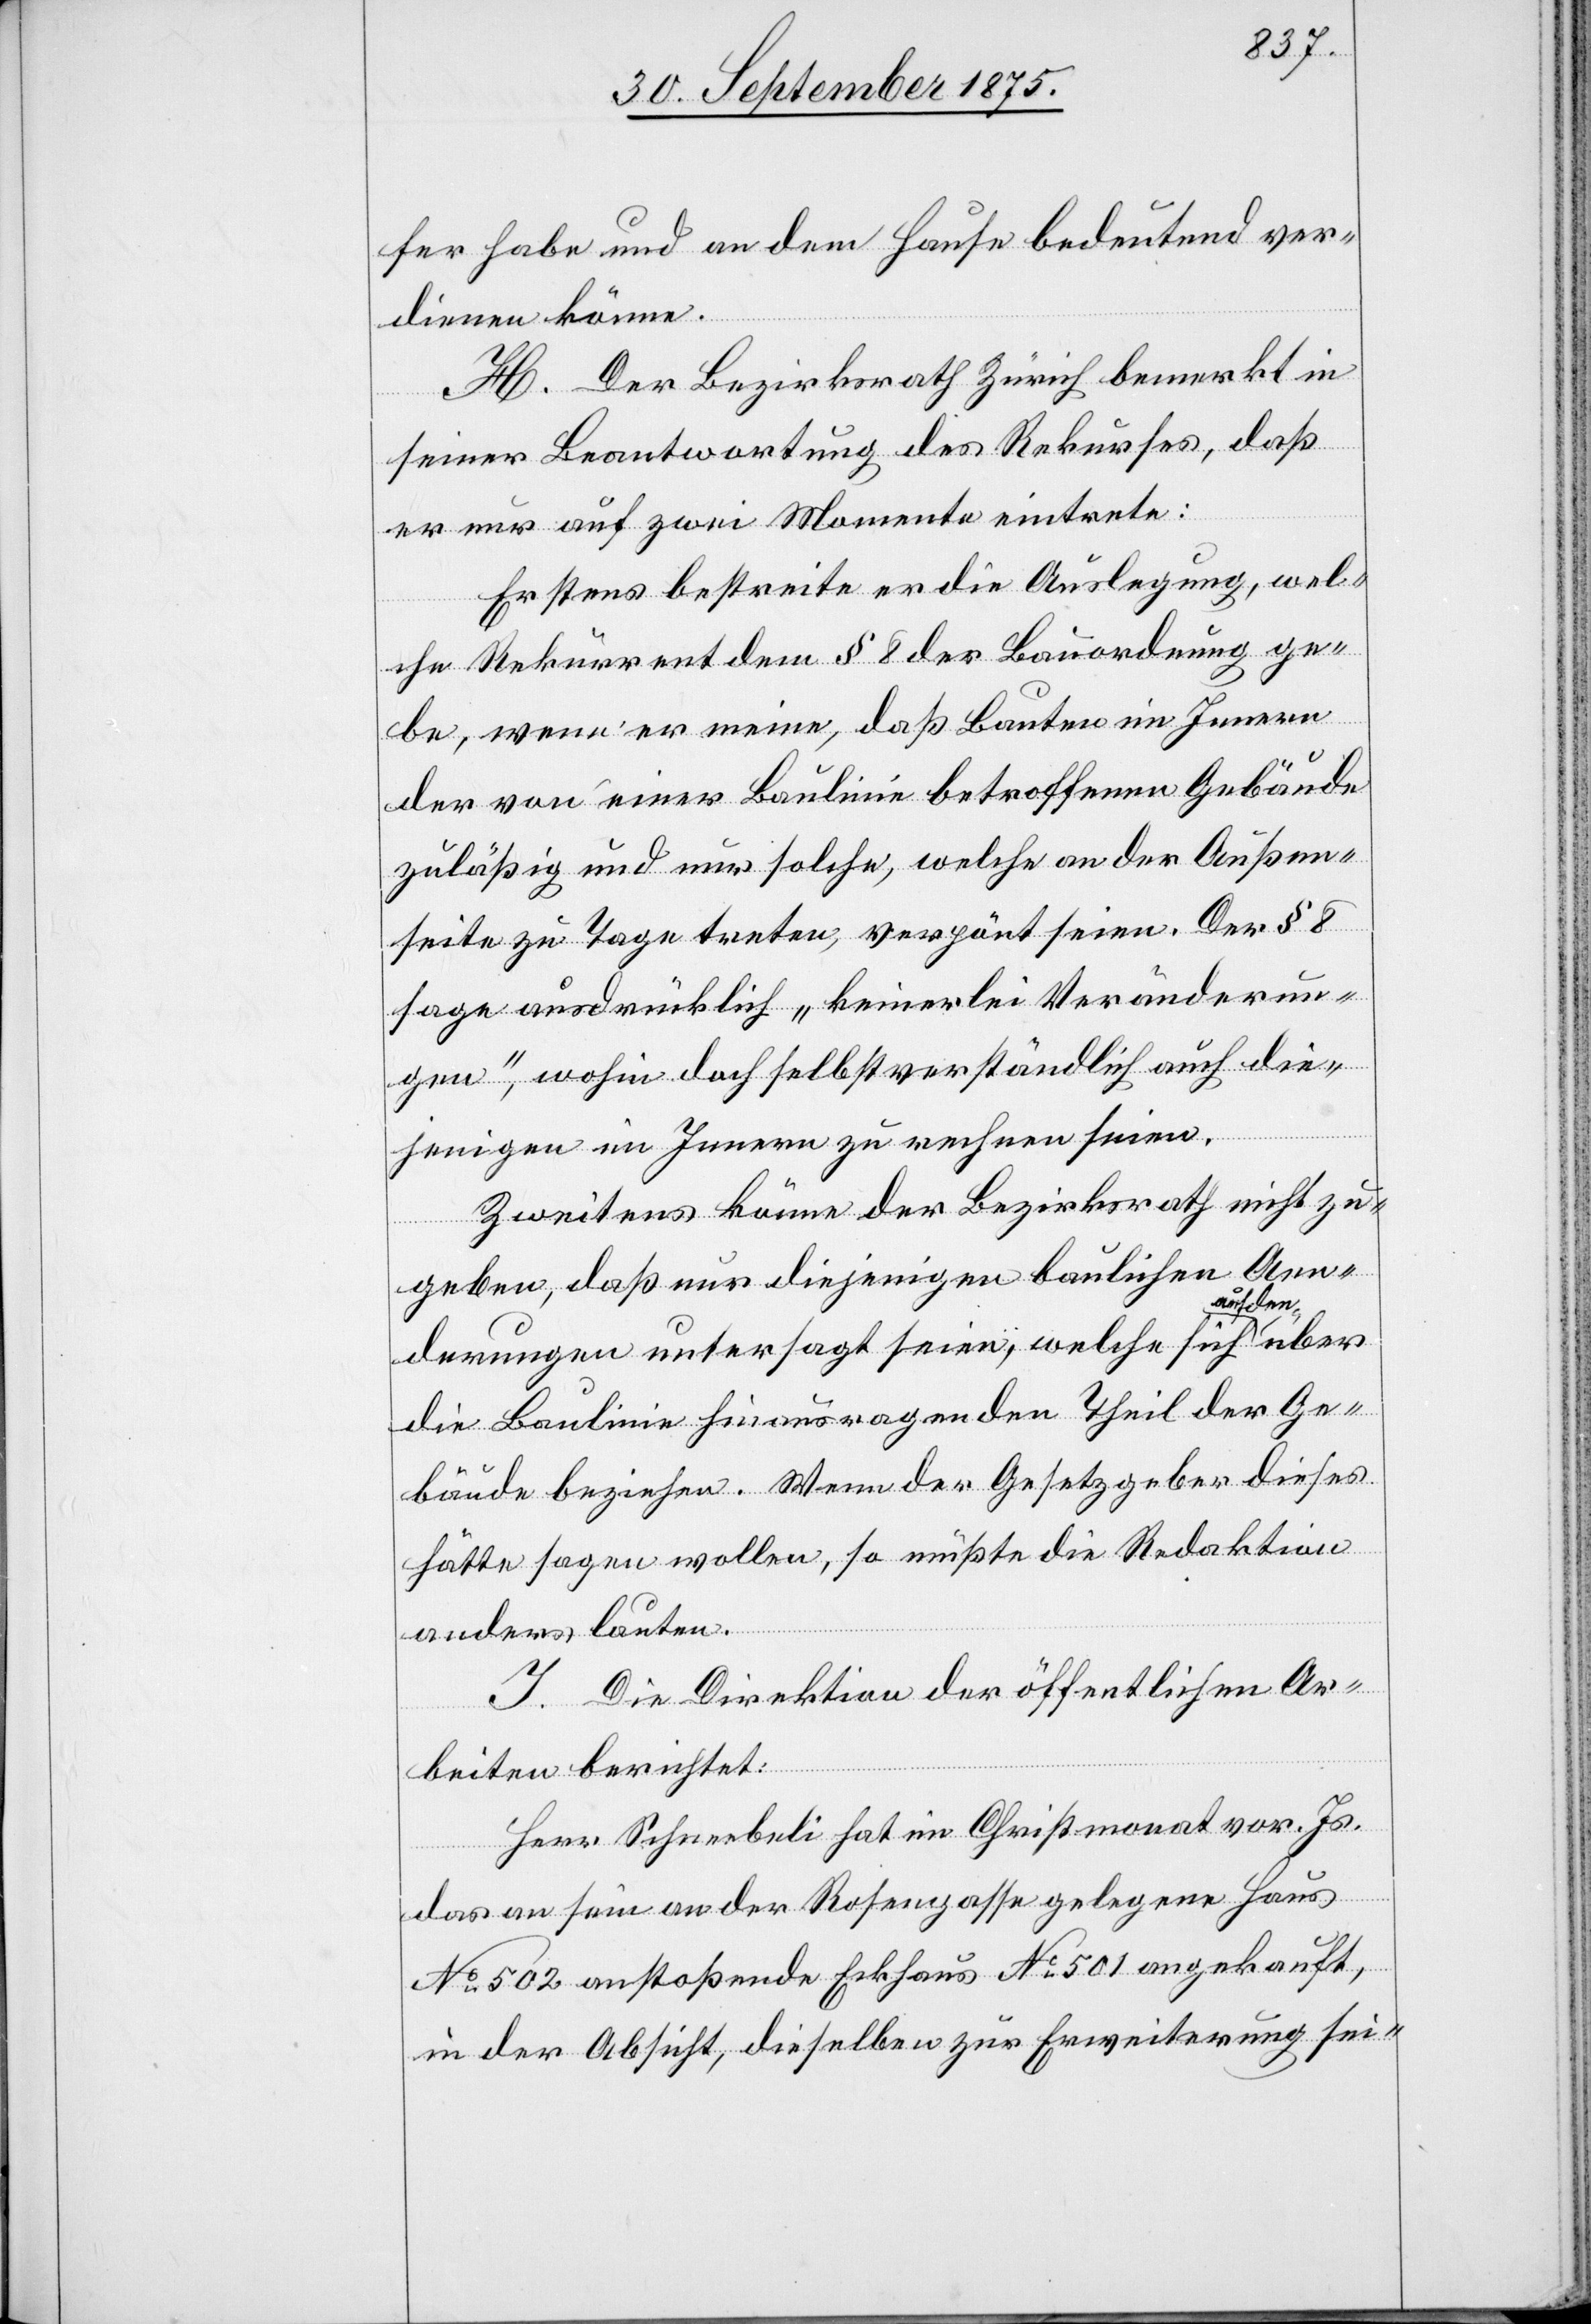
fer habe und an dem Hause bedeutend ver¬
dienen könne.
H. Der Bezirksrath Zürich bemerkt in
seiner Beantwortung des Rekurses, daß
er nur auf zwei Momente eintrete:
Erstens bestreite er die Auslegung, wel¬
che Rekurrent dem § 8 der Bauordnung ge¬
be, wenn er meine, daß Bauten im Innern
der von einer Baulinie betroffenen Gebäude
zuläßig und nur solche, welche an der Außen¬
seite zu Tage treten, verpönt seien. Der § 8
sage ausdrücklich „keinerlei Veränderun¬
gen“, wohin doch selbstverständlich auch die¬
jenigen im Innern zu rechnen seien.
Zweitens könne der Bezirksrath nicht zu¬
geben, daß nur diejenigen baulichen Aen¬
derungen untersagt seien, welche sich auf den
die Baulinie hinausragenden Theil der Ge¬
bäude beziehen. Wenn der Gesetzgeber dieses
hätte sagen wollen, so müßte die Redaktion
anders lauten.
I. Die Direktion der öffentlichen Ar¬
beiten berichtet:
Herr Schneebeli hat im Christmonat vor. Js.
das an sein an der Rosengasse gelegene Haus
No 502 anstoßende Eckhaus No 501 angekauft,
in der Absicht, dieselben zur Erweiterung sei-